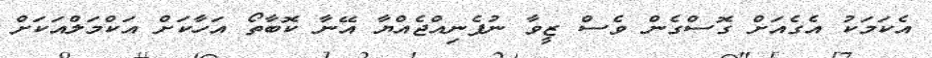
އެކަމަކު އެގެއަށް ގޮސްގެން ވެސް ޒީވާ ނުފެނިއްޖެއްޔާ އޭނާ ކޮބާތޯ އަހާކަށް އަކްމަލްއަކަށް